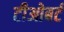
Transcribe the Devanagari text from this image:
टीओबर्ट